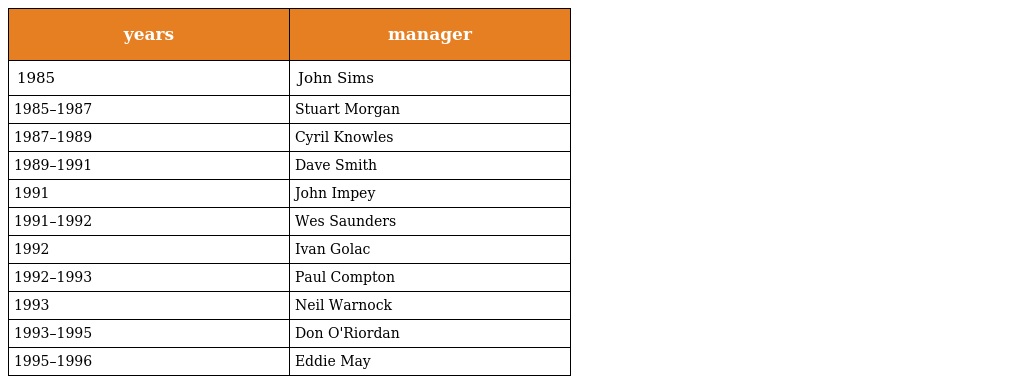
| years | manager |
 | --- | --- |
 | 1985 | John Sims |
 | 1985–1987 | Stuart Morgan |
 | 1987–1989 | Cyril Knowles |
 | 1989–1991 | Dave Smith |
 | 1991 | John Impey |
 | 1991–1992 | Wes Saunders |
 | 1992 | Ivan Golac |
 | 1992–1993 | Paul Compton |
 | 1993 | Neil Warnock |
 | 1993–1995 | Don O'Riordan |
 | 1995–1996 | Eddie May |